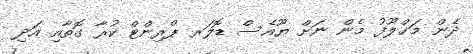
ދެން މަޚްލޫފު މެން ނަށް ޔޫއެސް ޑޮލަރ ޕްރިންޓް ކުރާ ގޮތާއި އަދި